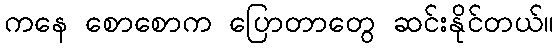
ကနေ စောစောက ပြောတာတွေ ဆင်းနိုင်တယ်။